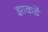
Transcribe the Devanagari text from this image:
झाकर्डे